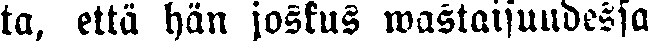
ta, että hän joskus wastaisuudessa